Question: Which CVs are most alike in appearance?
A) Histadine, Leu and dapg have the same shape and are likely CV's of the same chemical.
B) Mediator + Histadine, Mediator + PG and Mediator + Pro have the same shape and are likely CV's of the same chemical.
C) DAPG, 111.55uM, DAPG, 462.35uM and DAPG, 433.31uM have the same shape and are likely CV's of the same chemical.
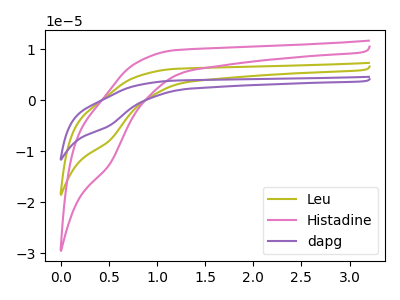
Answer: <think>The olive curve "Leu" has a cathodic peak at: (0.50V, -7.85uA). The pink curve "Histadine" has a cathodic peak at: (0.50V, -12.45uA). The purple curve "dapg" has a cathodic peak at: (0.50V, -15.65uA).
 All the peaks in "Leu" have a peak in "Histadine" at the same potential. Every peak in "Leu" is lower than every peak in "Histadine". All the peaks in "Leu" have a peak in "dapg" at the same potential. Every peak in "Leu" is lower than every peak in "dapg". All the peaks in "Histadine" have a peak in "dapg" at the same potential. Every peak in "Histadine" is lower than every peak in "dapg".</think>
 <answer>A) "Histadine", "Leu" and "dapg" have the same shape and are likely CV's of the same chemical.</answer>
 <eval>A</eval>